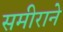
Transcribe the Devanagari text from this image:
समीराने